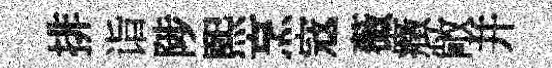
排诣陟煕烹𡨥薇癥敞幷